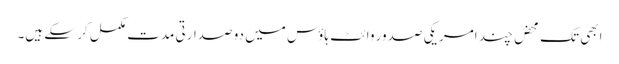
ابھی تک محض چند امریکی صدور وائٹ ہاؤس میں دو صدارتی مدت مکمل کر سکے ہیں۔